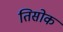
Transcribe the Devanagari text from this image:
तिसोक